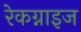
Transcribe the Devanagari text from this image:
रेकग्नाइज